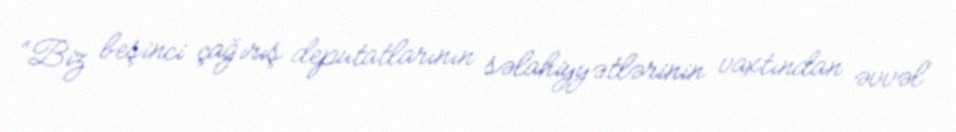
“Biz beşinci çağırış deputatlarının səlahiyyətlərinin vaxtından əvvəl